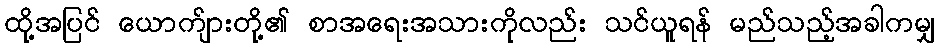
ထို့အပြင် ယောက်ျားတို့၏ စာအရေးအသားကိုလည်း သင်ယူရန် မည်သည့်အခါကမျှ